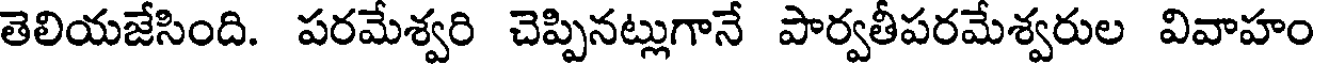
తెలియజేసింది. పరమేశ్వరి చెప్పినట్లుగానే పార్వతీపరమేశ్వరుల వివాహం